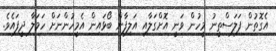
އެގޮތުން ފަލަސްތީނު މީހުން ވަނީ އޮށްގަލާއި އަލިފާން ބޯޅައިން އެމީހުންނަށް ހަމަލާ ދީފައެވެ.